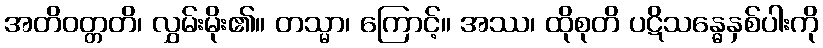
အတိဝတ္တတိ၊ လွှမ်းမိုး၏။ တသ္မာ၊ ကြောင့်။ အဿ၊ ထိုစုတိ ပဋိသန္ဓေနှစ်ပါးကို